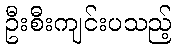
ဦးစီးကျင်းပသည့်